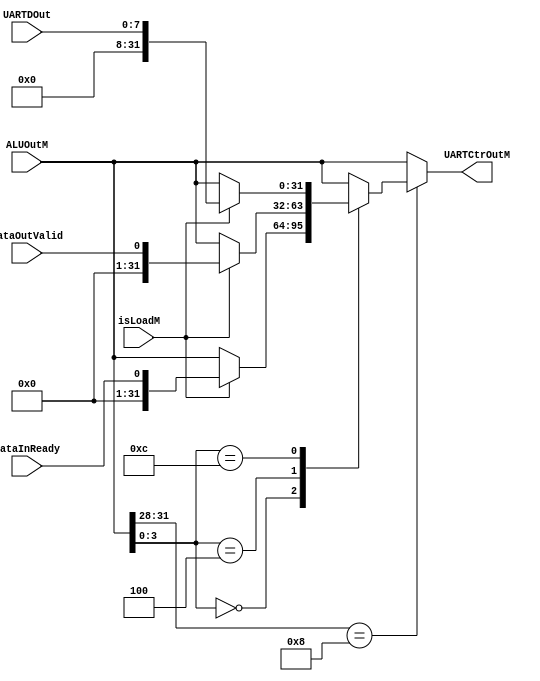
module UARTCtrOut (input [31:0] ALUOutM,
		   input isLoadM,
		   input DataInReady,
		   input DataOutValid,
		   input [7:0] UARTDOut,
		   output reg [31:0] UARTCtrOutM);
   


  //Determining UART Control Out
  wire 				 isUARTM;
   wire [3:0] 			 UARTopM;
   
   assign isUARTM = (ALUOutM[31:28] == 4'b1000);
   assign UARTopM = ALUOutM[3:0];
   
   //assign isLoadM =  (opcodeM == `LB) || (opcodeM == `LH) ||
//		     (opcodeM == `LW) || (opcodeM == `LBU) ||
//		     (opcodeM == `LHU);
   
   always@(*) begin
      UARTCtrOutM = ALUOutM;
      
      if (isUARTM) begin
	 case (UARTopM)

	   //UART transmitter control
	   4'b0: begin
	      if (isLoadM) begin
		 UARTCtrOutM = {31'b0, DataInReady};
	      end
	   end

	   //UART receiver control
	   4'b0100: begin
	      if (isLoadM) begin
		 UARTCtrOutM = {31'b0, DataOutValid};
	      end
	   end   

	   //UART receiver data
	   4'b1100: begin
	      if (isLoadM) begin
		 UARTCtrOutM = {24'b0, UARTDOut};
	      end
	   end
	   
	 endcase // case (UARTop)
      end // if (isUART)
   end // always@ (*)
endmodule